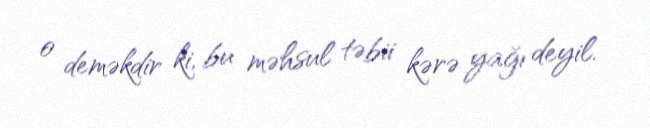
o deməkdir ki, bu məhsul təbii kərə yağı deyil.